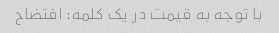
با توجه به قیمت در یک کلمه: افتضاح